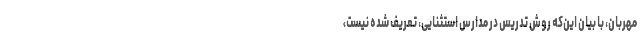
مهربان، با بیان این‌که روش تدریس در مدارس استثنایی، تعریف شده نیست،